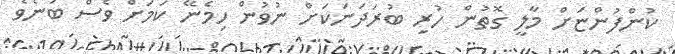
ކުންފުންޏަށް މާލީ ގޮތުން ހުރި ބުރަދަނަކަށް ނުވުން ހިމެނޭ ކަމަށް ވެސް ބުނެވެ